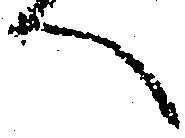
へ